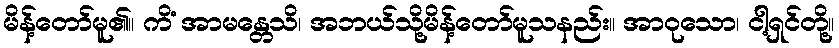
မိန့်တော်မူ၏။ ကိံ အာမန္တေသိ၊ အဘယ်သို့မိန့်တော်မူသနည်း။ အာဝုသော၊ ငါ့ရှင်တို့။